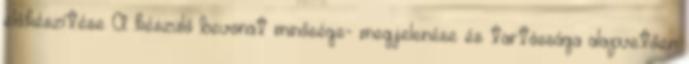
előkészítése A készülő bevonat minősége- megjelenése és tartóssága alapvetően